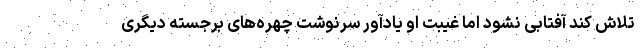
تلاش کند آفتابی نشود اما غیبت او یادآور سرنوشت چهره‌های برجسته دیگری